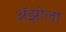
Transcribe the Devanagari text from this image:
अॅझोला